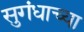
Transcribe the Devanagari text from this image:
सुगंधाच्या